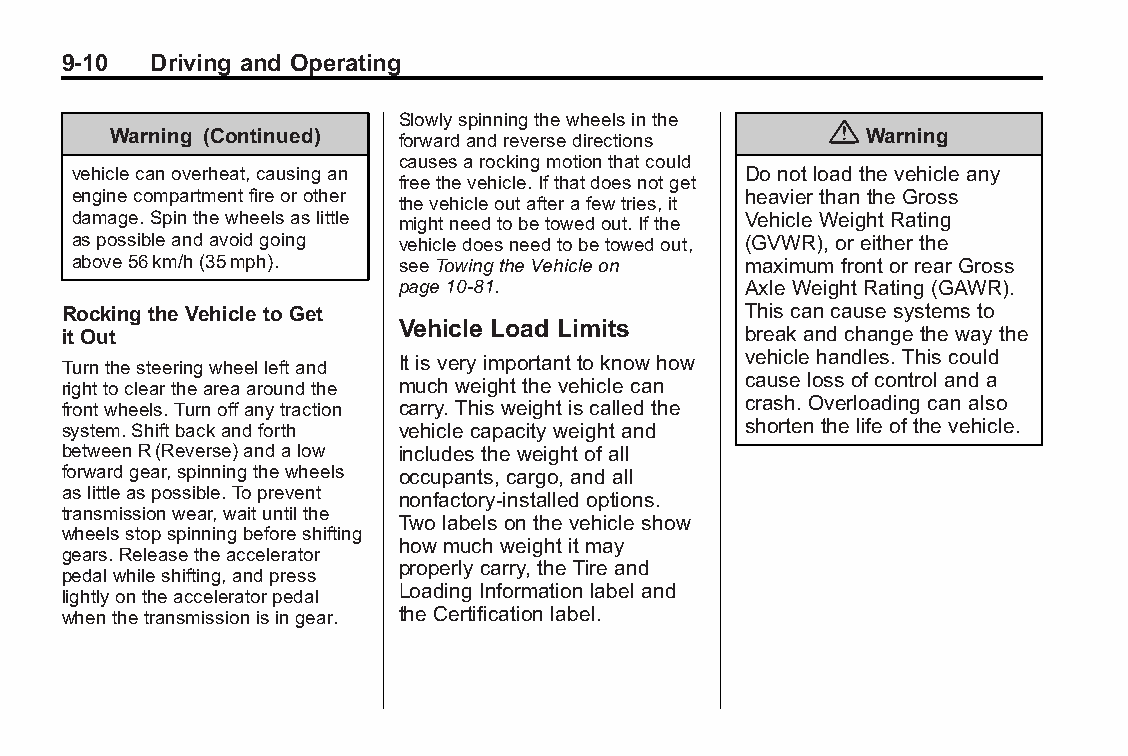
Buick LaCrosse Owner Manual (GMNA-Localizing-U.S./Canada/Mexico- Blackplate(10,1)
 6043609)-2014-2ndEdition-10/17/13
 9-10  Driving and Operating
 Slowlyspinningthewheelsinthe
 {
 Warning (Continued) forwardandreversedirections   Warning
 causesarockingmotionthatcould
 vehiclecanoverheat,causingan                 Do not load the vehicle any
 freethevehicle.Ifthatdoesnotget
 enginecompartmentfireorother                 heavier than the Gross
 thevehicleoutafterafewtries,it
 damage.Spinthewheelsaslittle mightneedtobetowedout.Ifthe Vehicle Weight Rating
 aspossibleandavoidgoing vehicledoesneedtobetowedout, (GVWR), or either the
 above56km/h(35mph).   seeTowingtheVehicleon  maximum front or rear Gross
 page10-81.             Axle Weight Rating (GAWR).
 Rocking the Vehicle to Get                   This can cause systems to
 Vehicle Load Limits
 itOut                                        break and change the way the
 Turnthesteeringwheelleftand It is very important to know how vehicle handles. This could
 righttocleartheareaaroundthe much weight the vehicle can cause loss of control and a
 frontwheels.Turnoffanytraction carry. This weight is called the crash. Overloading can also
 system.Shiftbackandforth vehicle capacity weight and shorten the life of the vehicle.
 betweenR(Reverse)andalow includes the weight of all
 forwardgear,spinningthewheels occupants, cargo, and all
 aslittleaspossible.Toprevent
 nonfactory-installed options.
 transmissionwear,waituntilthe
 Two labels on the vehicle show
 wheelsstopspinningbeforeshifting
 how much weight it may
 gears.Releasetheaccelerator
 properly carry, the Tire and
 pedalwhileshifting,andpress
 lightlyontheacceleratorpedal Loading Information label and
 whenthetransmissionisingear. the Certification label.